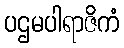
ပဌမပါရာဇိကံ